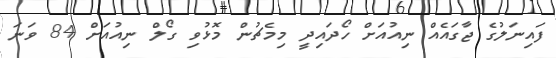
ފައިނަލުގެ ޖާގައެއް ނިއުއަށް ހޯދައިދީ މިމެޗުން މޮޅުވި ގޯލް ނިއުއަށް 84 ވަނަ